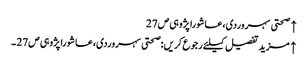
↑ صحتی سہروردی،عاشورا پژوہی ص27
↑ مزید تفصیل کیلئے رجوع کریں :صحتی سہروردی،عاشورا پژوہی ص27 ۔